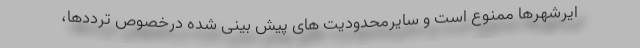
ایرشهرها ممنوع است و سایرمحدودیت های پیش بینی شده درخصوصِ ترددها،